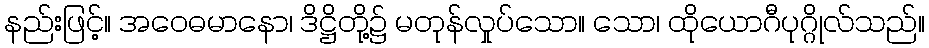
နည်းဖြင့်။ အဝေဓမာနော၊ ဒိဋ္ဌိတို့၌ မတုန်လှုပ်သော။ သော၊ ထိုယောဂီပုဂ္ဂိုလ်သည်။